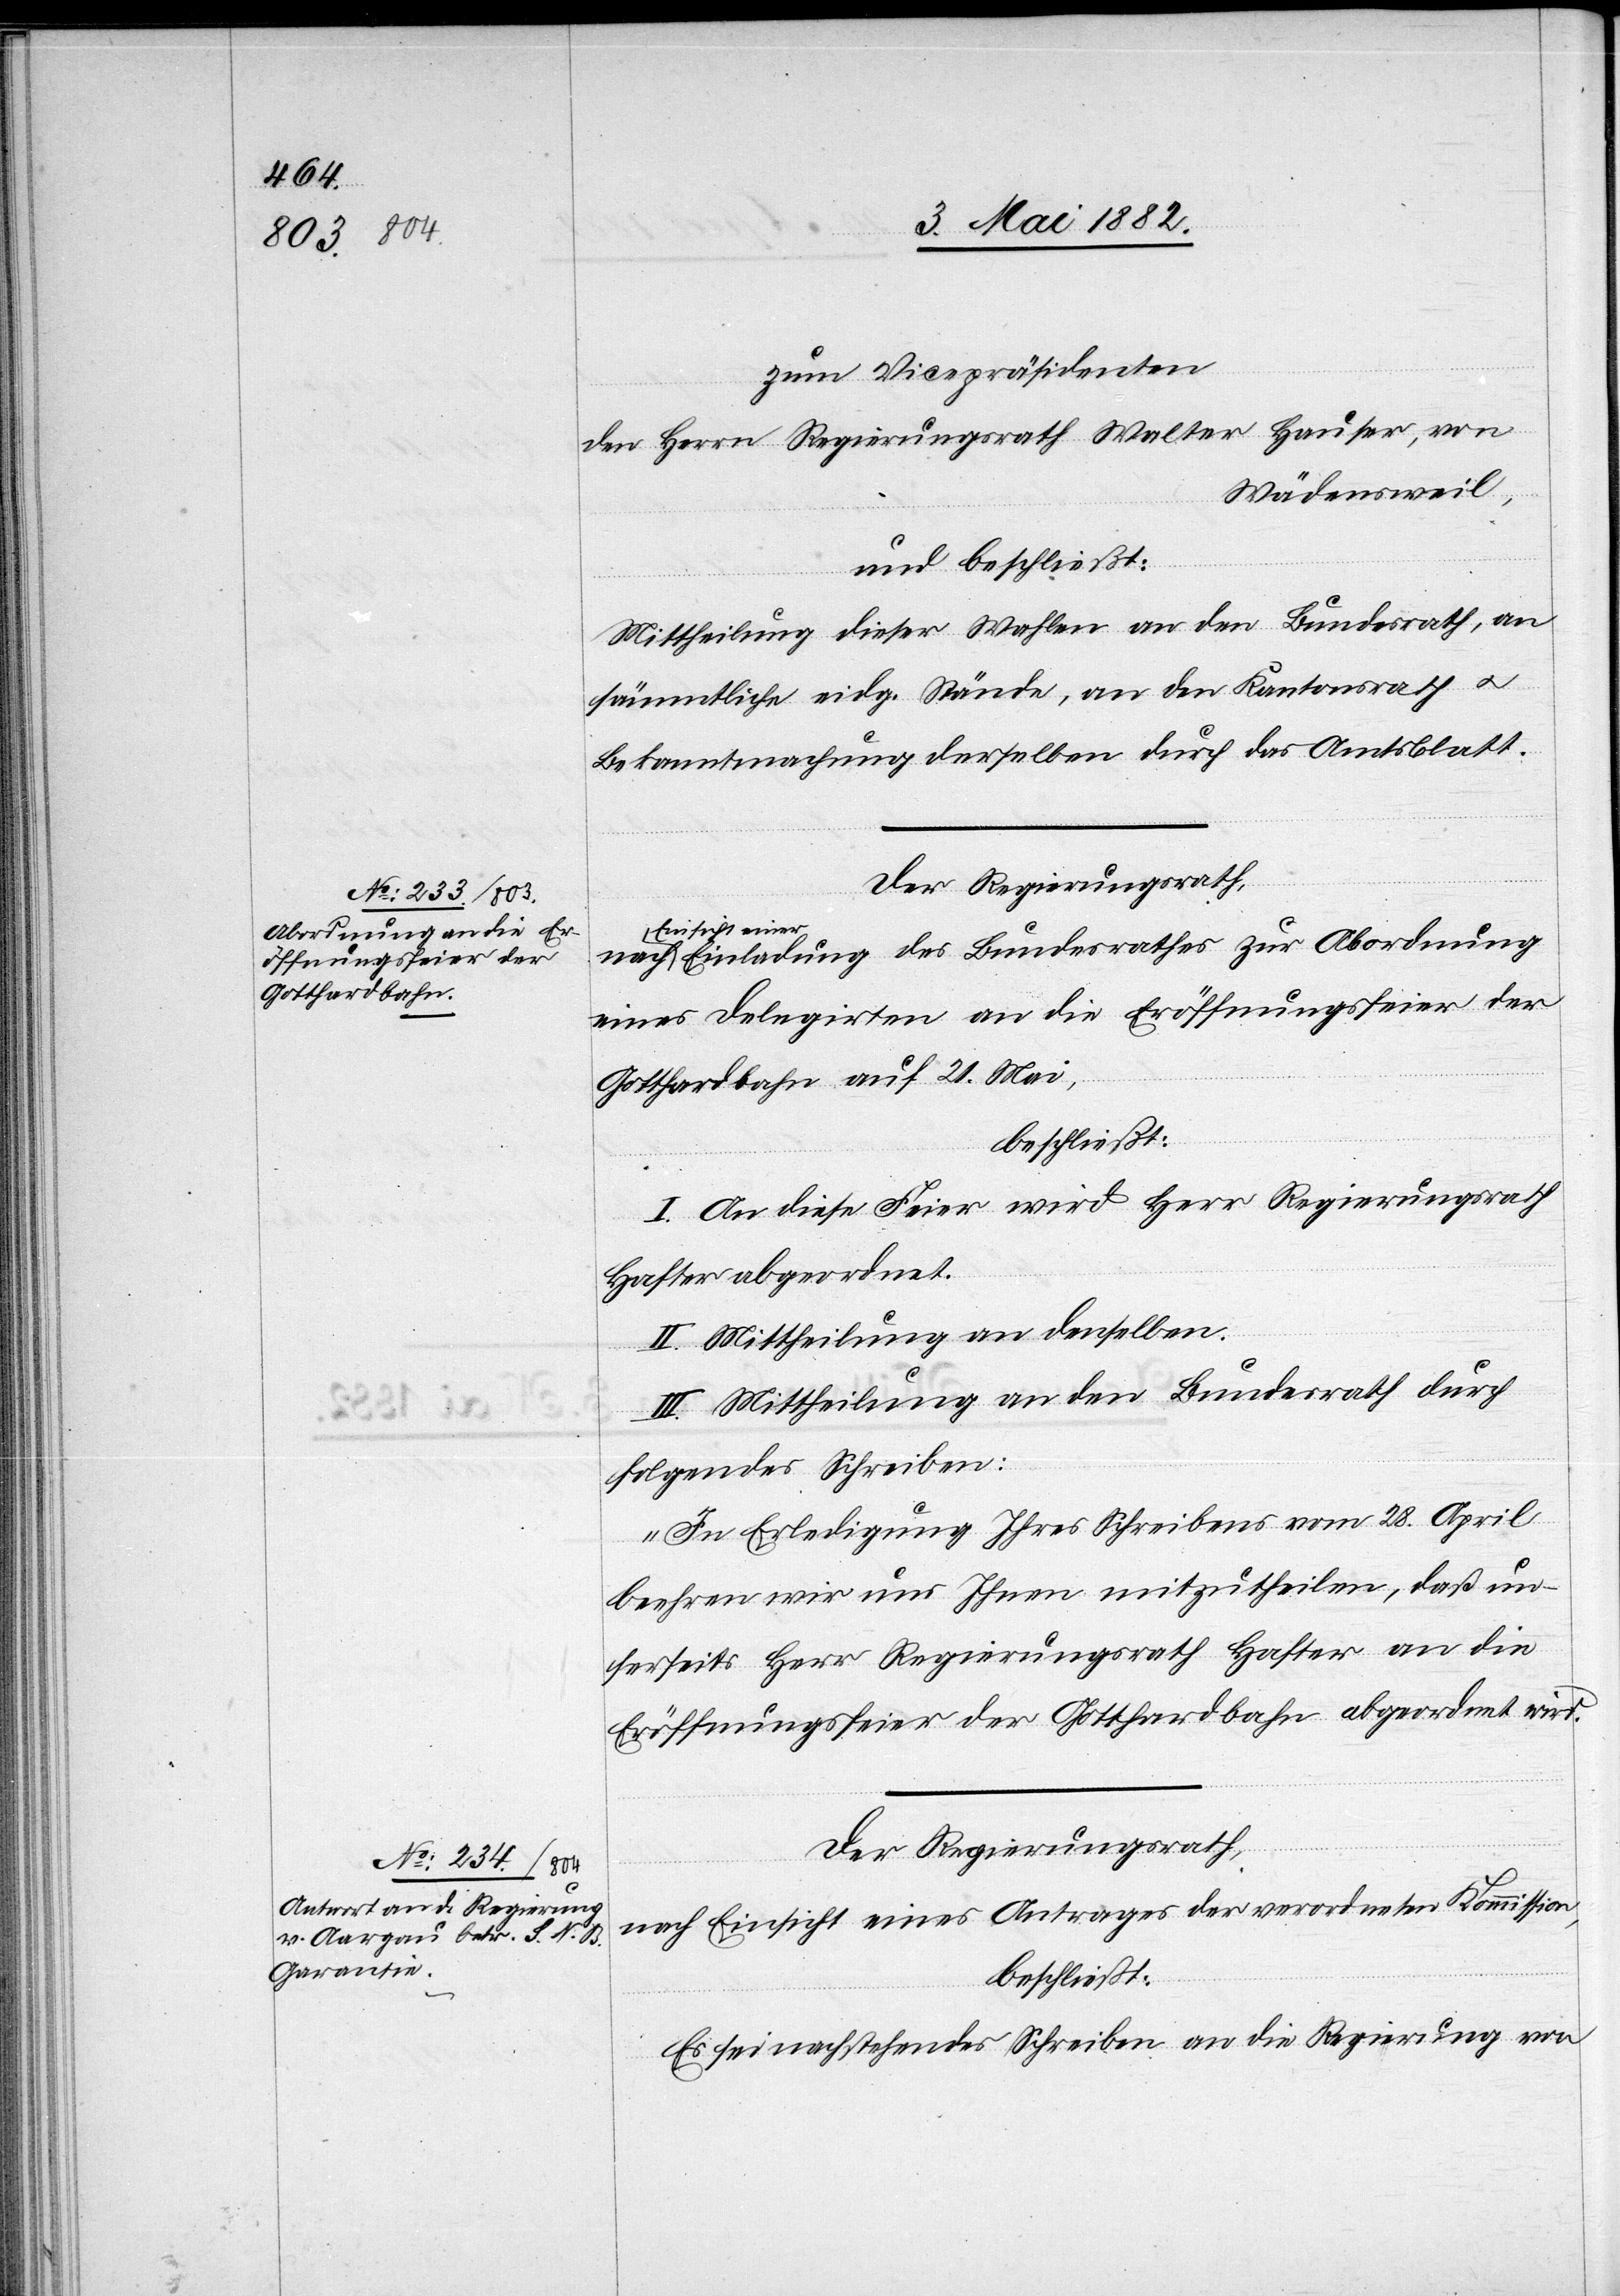
seinem Vicepräsidenten
den Herrn Regierungsrath Walter Hauser, von
Wädensweil,
und beschließt:
Mittheilung dieser Wahlen an den Bundesrath, an
sämmtliche eidg. Stände, an den Kantonsrath u.
Bekanntmachung derselben durch das Amtsblatt.
Der Regierungsrath,
Einsicht einer
Einladung des Bundesrathes zur Abordnung
eines Delegirten an die Eröffnungsfeier der
Gotthardbahn auf 21. Mai,
beschließt:
I. An die Feier wird Herr Regierungsrath
Hafter abgeordnet.
II. Mittheilung an denselben.
III. Mittheilung an den Bundesrath durch
folgendes Schreiben:
„In Erledigung Ihres Schreibens vom 28. April
beehren wir uns Ihnen mitzutheilen, daß un¬
serseits Herr Regierungsrath Hafter an die
Eröffnungsfeier der Gotthardbahn abgeordnet wird.“
Der Regierungsrath,
nach Einsicht eines Antrages der verordneten Kommission,
beschließt:
Es sei nachstehendes Schreiben an die Regierung von